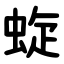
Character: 蜁